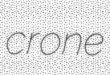
crone